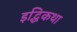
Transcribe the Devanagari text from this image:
इद्धिकथा